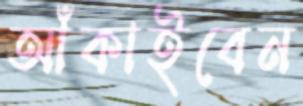
আঁকাইবেন